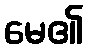
မေ၏